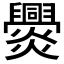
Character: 𤓕